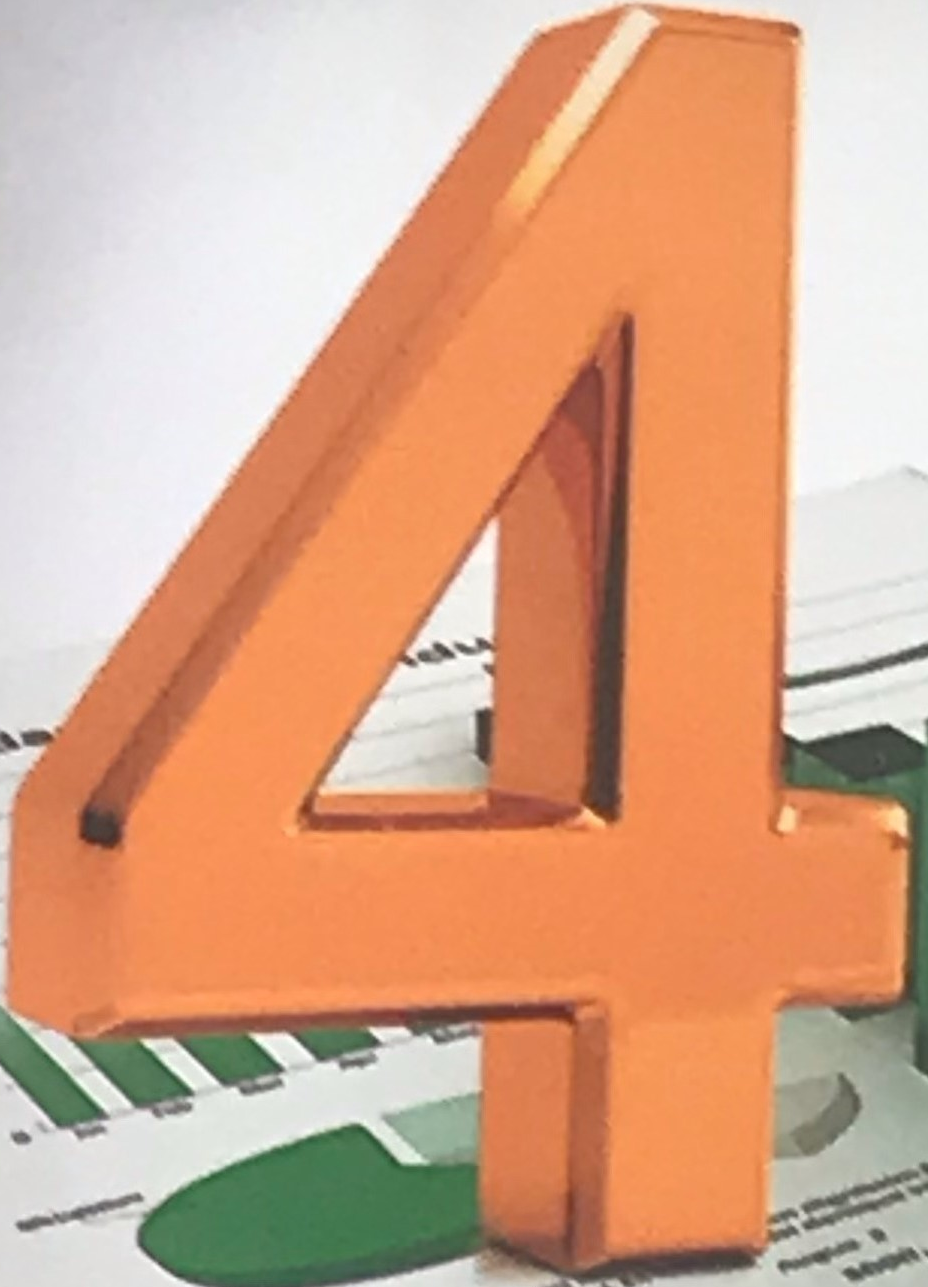
4